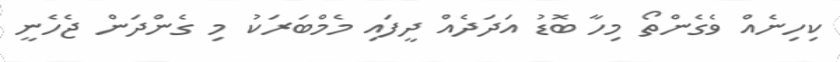
ކިހިނެއް ވެގެންތޯ މިހާ ބޮޑު އަދަދެއް ދީފައި މެމްބަރަކު މި ގެންދަން ޖެހެނީ